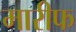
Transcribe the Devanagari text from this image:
मारीफ